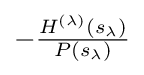
-{\tfrac {H^{(\lambda )}(s_{\lambda })}{P(s_{\lambda })}}